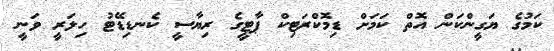
ކަމުގެ ޔަގީންކަން އޮތް ކަމަށް ޑިމޮކްރަޓިކް ޕާޓީގެ ރިޔާސީ ކެނޑިޑޭޓު ހިލަރީ ވަނީ